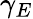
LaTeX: \gamma_{E}